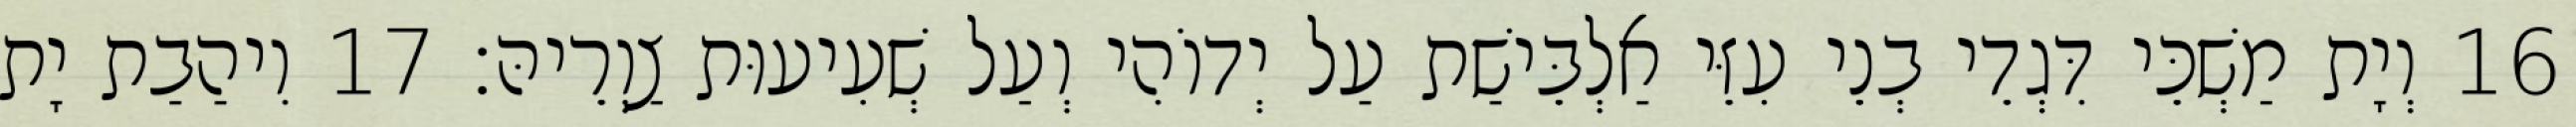
16 וְיָת מַשְׁכֵּי דִּגְדֵי בְנֵי עִזֵּי אַלְבֵּישַׁת עַל יְדוֹהִי וְעַל שְׁעִיעוּת צַוְרֵיהּ׃ 17 וִיהַבַת יָת